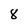
Character: 8